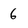
Character: 6